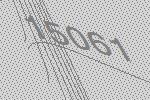
15061